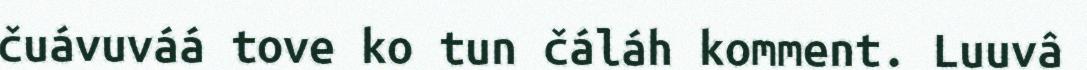
čuávuváá tove ko tun čáláh komment. Luuvâ